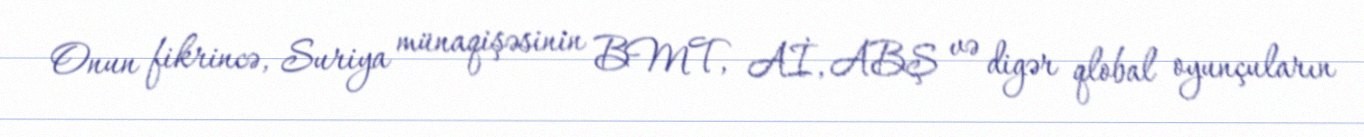
Onun fikrincə, Suriya münaqişəsinin BMT, Aİ, ABŞ və digər qlobal oyunçuların